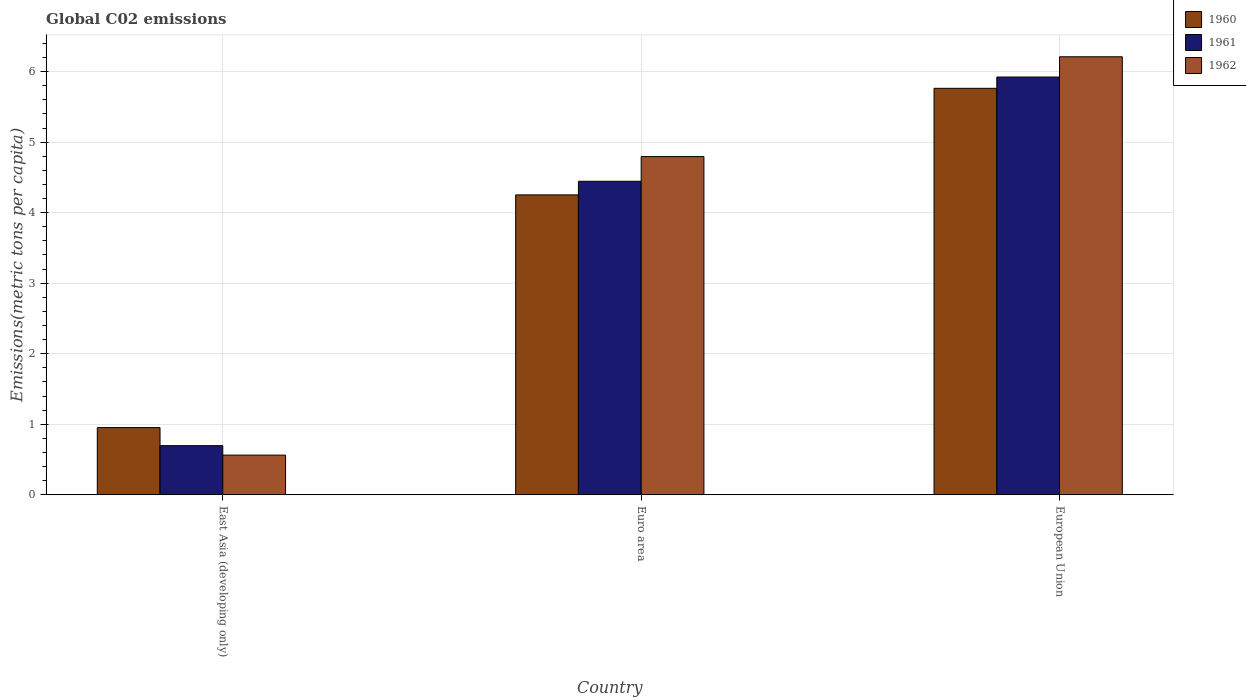
| Country | 1960 | 1961 | 1962 |
 | --- | --- | --- | --- |
 | East Asia (developing only) | 0.953 | 0.697 | 0.563 |
 | Euro area | 4.25 | 4.45 | 4.79 |
 | European Union | 5.76 | 5.92 | 6.21 |